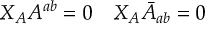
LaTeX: X _ { A } A ^ { a b } = 0 \quad X _ { A } \bar { A } _ { a b } = 0